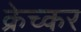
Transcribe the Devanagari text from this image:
क्रेच्कर